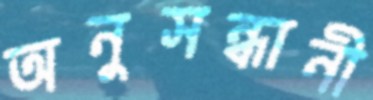
অনুসন্ধানী